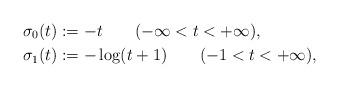
LaTeX: \begin{align*}&\sigma_{0}(t):=-t\qquad(-\infty<t<+\infty),\\&\sigma_{1}(t):=-\log(t+1)\qquad(-1<t<+\infty),\end{align*}